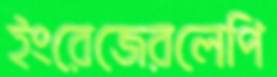
ইংরেজেরলেপি